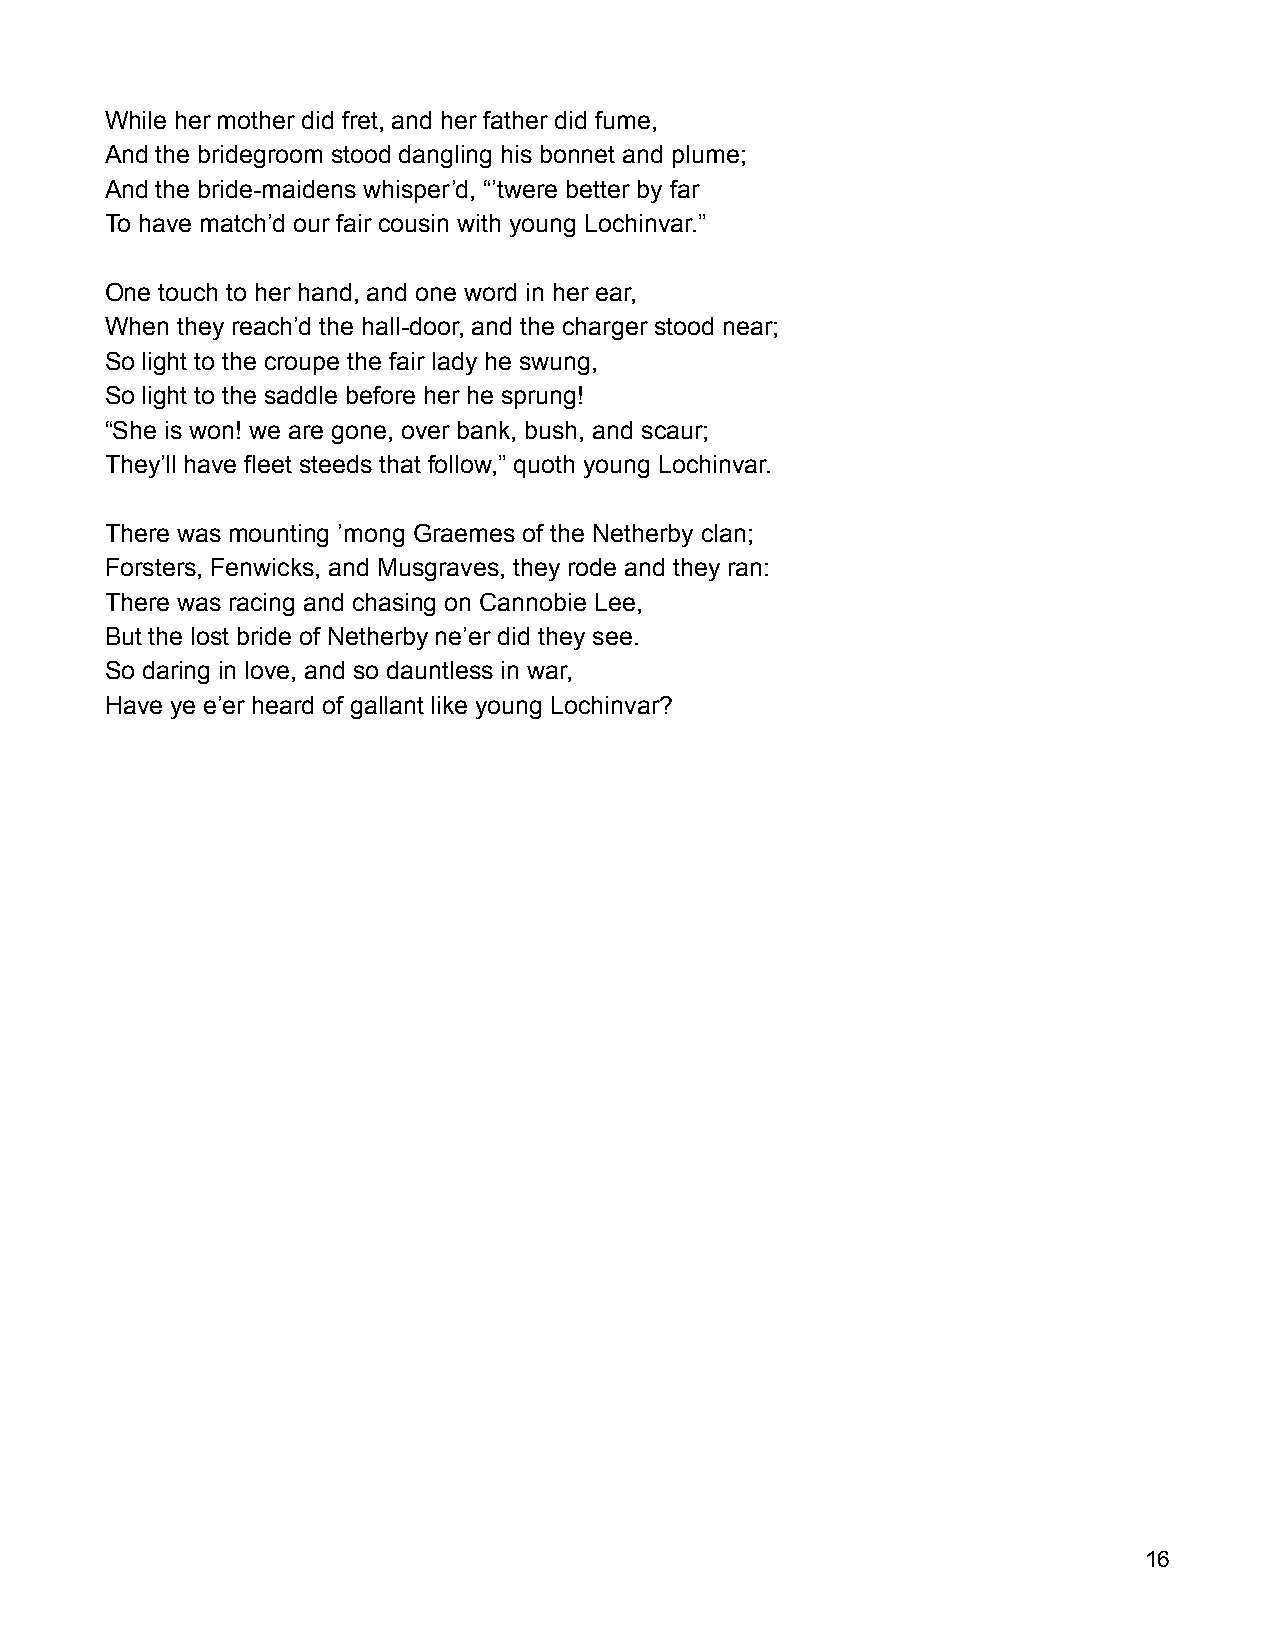
While her mother did fret, and her father did fume,
 And the bridegroom stood dangling his bonnet and plume;
 And the bride-maidens whisper’d, “’twere better by far
 To have match’d our fair cousin with young Lochinvar.”
 One touch to her hand, and one word in her ear,
 When they reach’d the hall-door, and the charger stood near;
 So light to the croupe the fair lady he swung,
 So light to the saddle before her he sprung!
 “She is won! we are gone, over bank, bush, and scaur;
 They’ll have fleet steeds that follow,” quoth young Lochinvar.
 There was mounting ’mong Graemes of the Netherby clan;
 Forsters, Fenwicks, and Musgraves, they rode and they ran:
 There was racing and chasing on Cannobie Lee,
 But the lost bride of Netherby ne’er did they see.
 So daring in love, and so dauntless in war,
 Have ye e’er heard of gallant like young Lochinvar?
 16